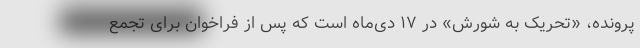
پرونده، «تحریک به شورش» در ۱۷ دی‌ماه است که پس از فراخوان برای تجمع